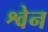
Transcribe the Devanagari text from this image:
श्वेन